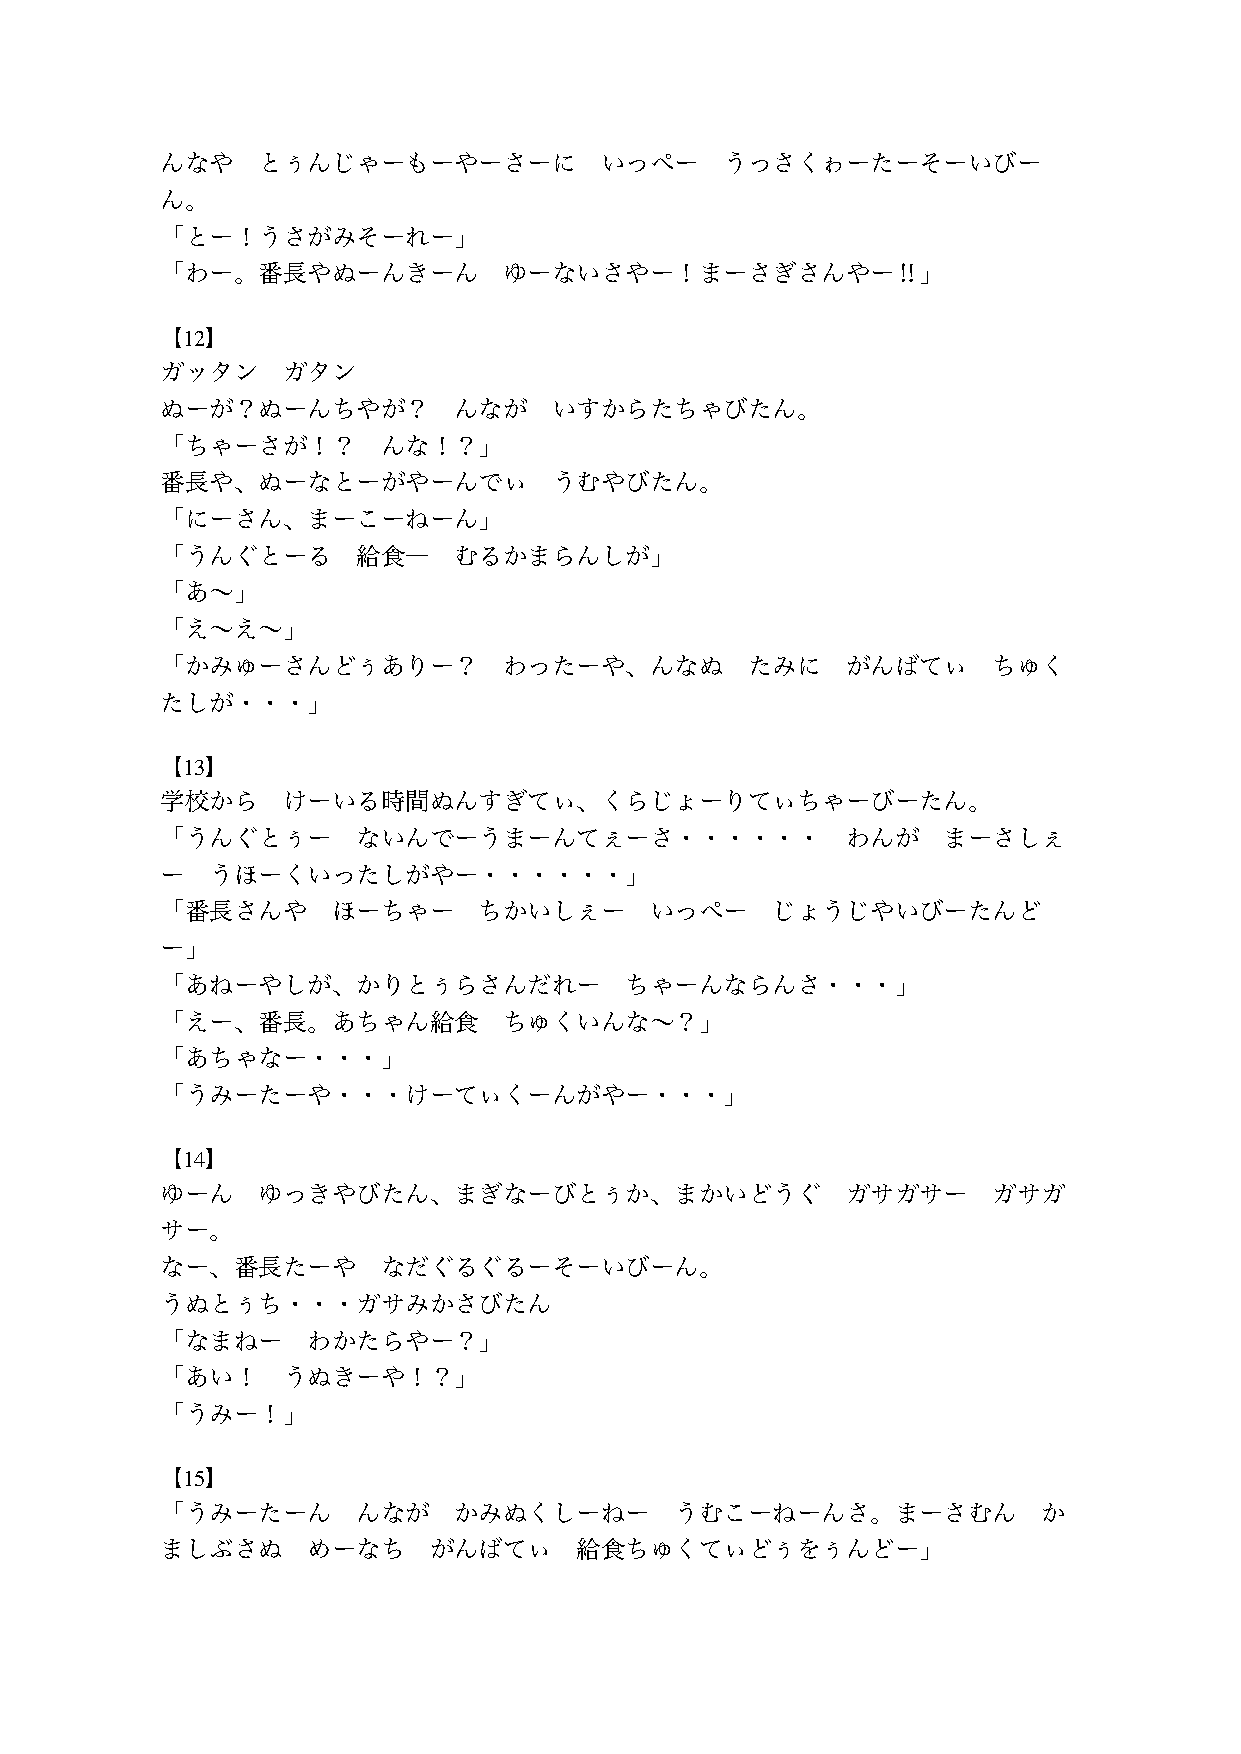
んなや   とぅんじゃーもーやーさーに          いっぺー    うっさくゎーたーそーいびー
 ん。
 「とー！うさがみそーれー」
 「わー。番長やぬーんきーん         ゆーないさやー！まーさぎさんやー‼」
 【12】
 ガッタン    ガタン
 ぬーが？ぬーんちやが？        んなが    いすからたちゃびたん。
 「ちゃーさが！？      んな！？」
 番長や、ぬーなとーがやーんでぃ           うむやびたん。
 「にーさん、まーこーねーん」
 「うんぐとーる      給食―   むるかまらんしが」
 「あ〜」
 「え〜え〜」
 「かみゅーさんどぅありー？         わったーや、んなぬ       たみに    がんばてぃ     ちゅく
 たしが・・・」
 【13】
 学校から    けーいる時間ぬんすぎてぃ、くらじょーりてぃちゃーびーたん。
 「うんぐとぅー      ないんでーうまーんてぇーさ・・・・・・             わんが   まーさしぇ
 ー  うほーくいったしがやー・・・・・・」
 「番長さんや     ほーちゃー     ちかいしぇー     いっぺー    じょうじやいびーたんど
 ー」
 「あねーやしが、かりとぅらさんだれー            ちゃーんならんさ・・・」
 「えー、番長。あちゃん給食         ちゅくいんな〜？」
 「あちゃなー・・・」
 「うみーたーや・・・けーてぃくーんがやー・・・」
 【14】
 ゆーん   ゆっきやびたん、まぎなーびとぅか、まかいどうぐ                ガサガサー     ガサガ
 サー。
 なー、番長たーや      なだぐるぐるーそーいびーん。
 うぬとぅち・・・ガサみかさびたん
 「なまねー    わかたらやー？」
 「あい！    うぬきーや！？」
 「うみー！」
 【15】
 「うみーたーん      んなが   かみぬくしーねー       うむこーねーんさ。まーさむん          か
 ましぶさぬ    めーなち    がんばてぃ     給食ちゅくてぃどぅをぅんどー」